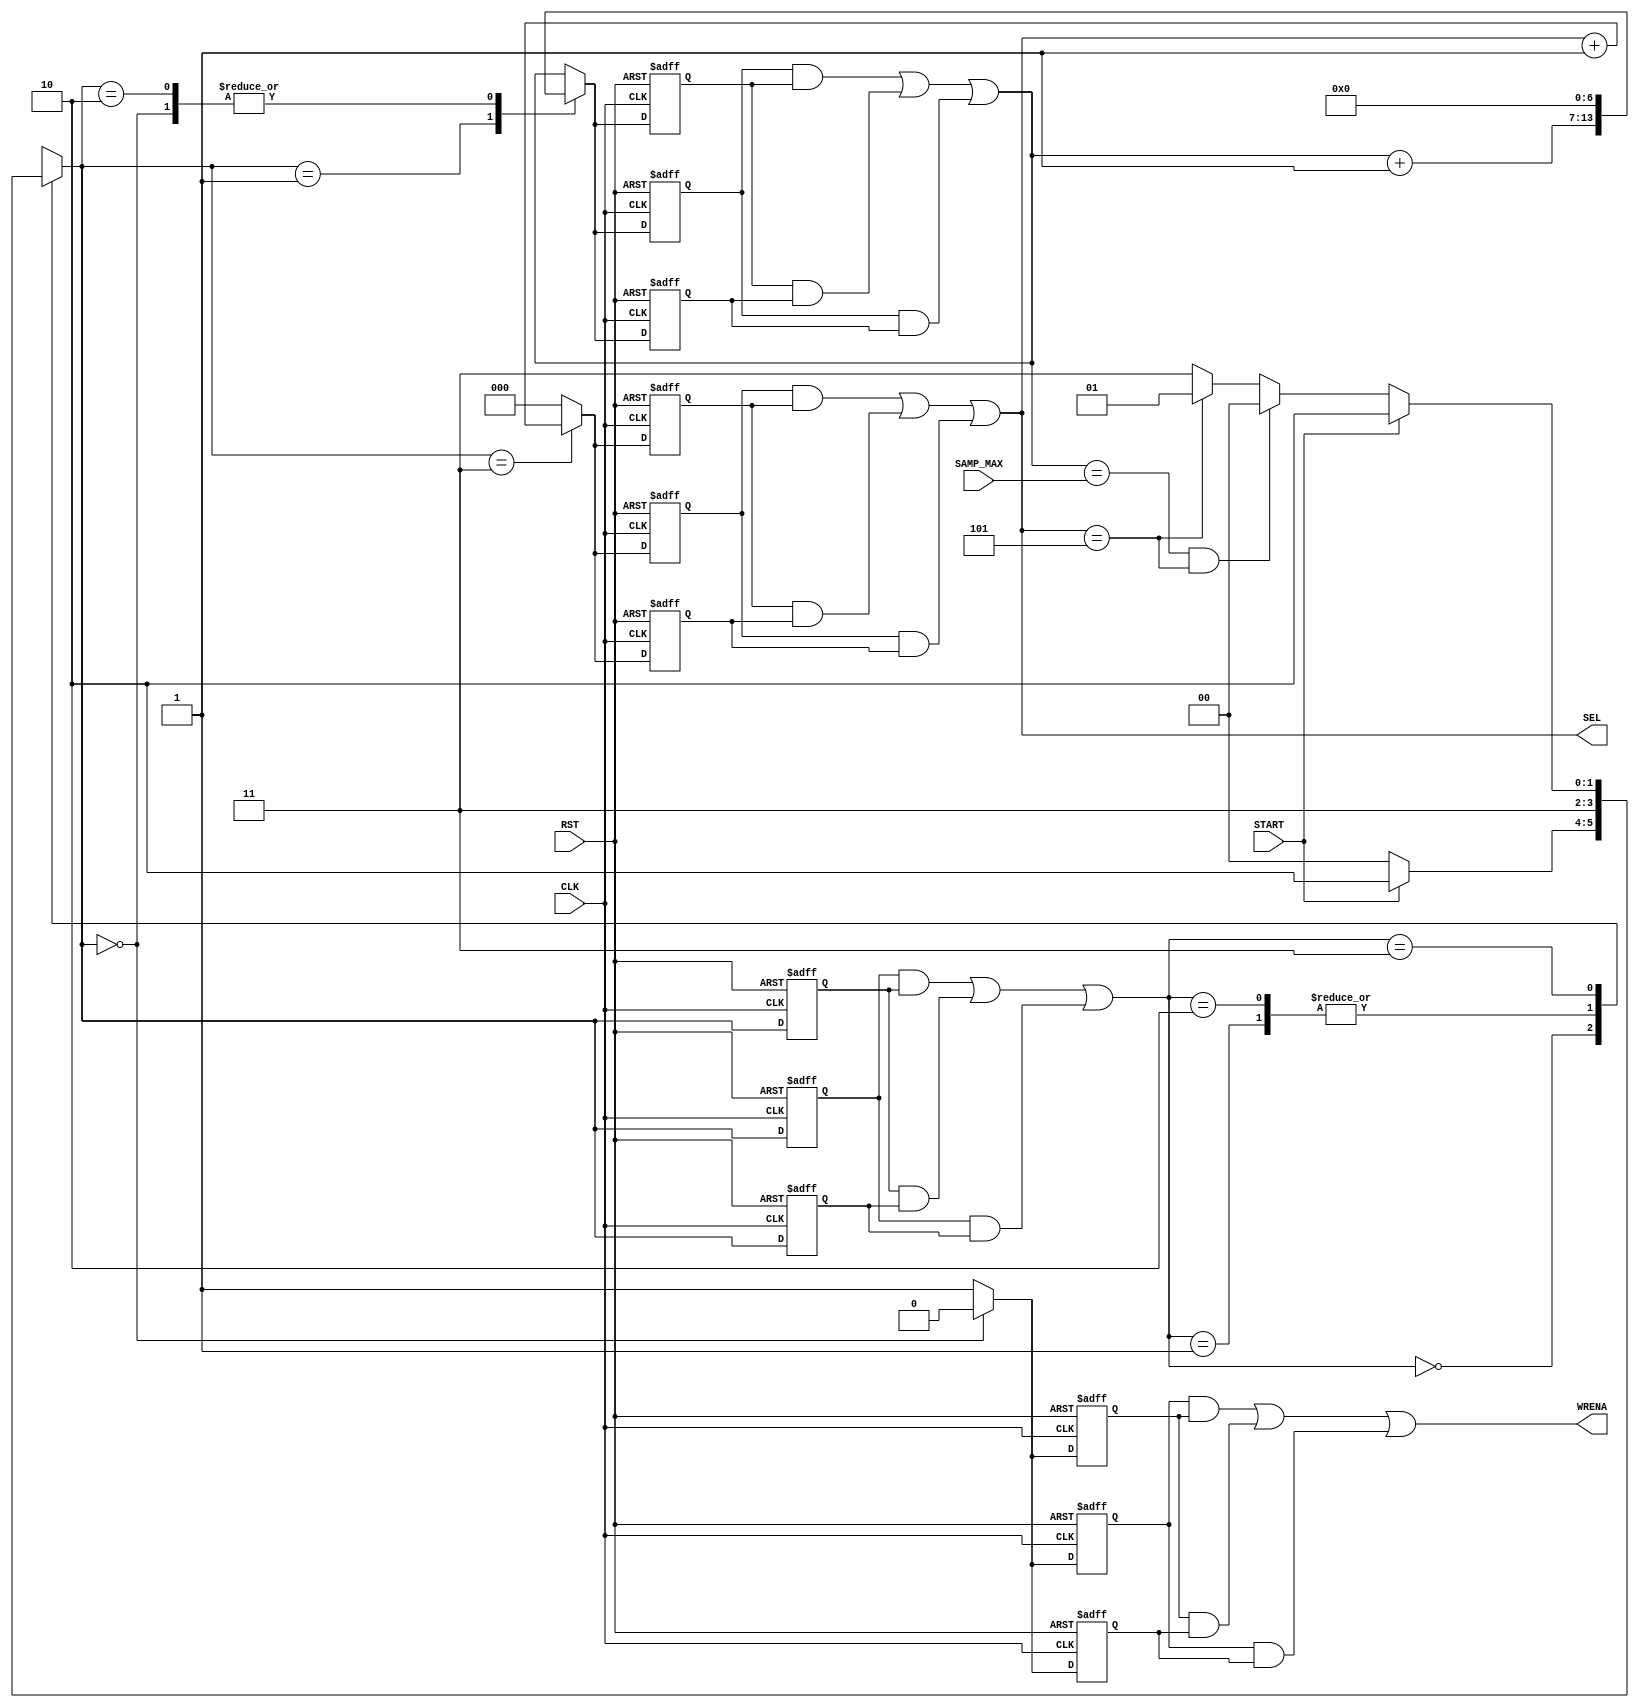

// Created by fizzim_tmr.pl version $Revision: 4.44 on 2014:08:26 at 12:51:46 (www.fizzim.com)

module FIFO_Load_FSM_TMR (
  output wire [2:0] SEL,
  output WRENA,
  input CLK,
  input RST,
  input wire [6:0] SAMP_MAX,
  input START 
);

  // state bits
  parameter 
  Idle     = 2'b00, 
  Nxt_Samp = 2'b01, 
  Rst_Samp = 2'b10, 
  Transfer = 2'b11; 

  (* syn_preserve = "true" *) reg [1:0] state_1;
  (* syn_preserve = "true" *) reg [1:0] state_2;
  (* syn_preserve = "true" *) reg [1:0] state_3;

  (* syn_keep = "true" *) wire [1:0] voted_state_1;
  (* syn_keep = "true" *) wire [1:0] voted_state_2;
  (* syn_keep = "true" *) wire [1:0] voted_state_3;

  assign voted_state_1  = (state_1  & state_2 ) | (state_2  & state_3 ) | (state_1  & state_3 ); // Majority logic
  assign voted_state_2  = (state_1  & state_2 ) | (state_2  & state_3 ) | (state_1  & state_3 ); // Majority logic
  assign voted_state_3  = (state_1  & state_2 ) | (state_2  & state_3 ) | (state_1  & state_3 ); // Majority logic

  (* syn_keep = "true" *) reg [1:0] nextstate_1;
  (* syn_keep = "true" *) reg [1:0] nextstate_2;
  (* syn_keep = "true" *) reg [1:0] nextstate_3;

  (* syn_preserve = "true" *)  reg [2:0] SEL_1;
  (* syn_preserve = "true" *)  reg [2:0] SEL_2;
  (* syn_preserve = "true" *)  reg [2:0] SEL_3;
  (* syn_preserve = "true" *)  reg WRENA_1;
  (* syn_preserve = "true" *)  reg WRENA_2;
  (* syn_preserve = "true" *)  reg WRENA_3;
  (* syn_preserve = "true" *)  reg [6:0] sample_1;
  (* syn_preserve = "true" *)  reg [6:0] sample_2;
  (* syn_preserve = "true" *)  reg [6:0] sample_3;
  (* syn_keep = "true" *)      wire [6:0] voted_sample_1;
  (* syn_keep = "true" *)      wire [6:0] voted_sample_2;
  (* syn_keep = "true" *)      wire [6:0] voted_sample_3;

  // Assignment of outputs and flags to voted majority logic of replicated registers
  assign SEL    = (SEL_1    & SEL_2   ) | (SEL_2    & SEL_3   ) | (SEL_1    & SEL_3   ); // Majority logic
  assign WRENA  = (WRENA_1  & WRENA_2 ) | (WRENA_2  & WRENA_3 ) | (WRENA_1  & WRENA_3 ); // Majority logic
  assign voted_sample_1 = (sample_1 & sample_2) | (sample_2 & sample_3) | (sample_1 & sample_3); // Majority logic
  assign voted_sample_2 = (sample_1 & sample_2) | (sample_2 & sample_3) | (sample_1 & sample_3); // Majority logic
  assign voted_sample_3 = (sample_1 & sample_2) | (sample_2 & sample_3) | (sample_1 & sample_3); // Majority logic

  // Assignment of error detection logic to replicated signals

  // comb always block
  always @* begin
    nextstate_1 = 2'bxx; // default to x because default_state_is_x is set
    nextstate_2 = 2'bxx; // default to x because default_state_is_x is set
    nextstate_3 = 2'bxx; // default to x because default_state_is_x is set
    case (voted_state_1)
      Idle    : if      (START)                                      nextstate_1 = Rst_Samp;
                else                                                 nextstate_1 = Idle;
      Nxt_Samp:                                                      nextstate_1 = Transfer;
      Rst_Samp:                                                      nextstate_1 = Transfer;
      Transfer: if      (START)                                      nextstate_1 = Rst_Samp;
                else if (voted_sample_1 == SAMP_MAX && SEL == 3'd5)  nextstate_1 = Idle;
                else if (SEL == 3'd5)                                nextstate_1 = Nxt_Samp;
                else                                                 nextstate_1 = Transfer;
    endcase
    case (voted_state_2)
      Idle    : if      (START)                                      nextstate_2 = Rst_Samp;
                else                                                 nextstate_2 = Idle;
      Nxt_Samp:                                                      nextstate_2 = Transfer;
      Rst_Samp:                                                      nextstate_2 = Transfer;
      Transfer: if      (START)                                      nextstate_2 = Rst_Samp;
                else if (voted_sample_2 == SAMP_MAX && SEL == 3'd5)  nextstate_2 = Idle;
                else if (SEL == 3'd5)                                nextstate_2 = Nxt_Samp;
                else                                                 nextstate_2 = Transfer;
    endcase
    case (voted_state_3)
      Idle    : if      (START)                                      nextstate_3 = Rst_Samp;
                else                                                 nextstate_3 = Idle;
      Nxt_Samp:                                                      nextstate_3 = Transfer;
      Rst_Samp:                                                      nextstate_3 = Transfer;
      Transfer: if      (START)                                      nextstate_3 = Rst_Samp;
                else if (voted_sample_3 == SAMP_MAX && SEL == 3'd5)  nextstate_3 = Idle;
                else if (SEL == 3'd5)                                nextstate_3 = Nxt_Samp;
                else                                                 nextstate_3 = Transfer;
    endcase
  end

  // Assign reg'd outputs to state bits

  // sequential always block
  always @(posedge CLK or posedge RST) begin
    if (RST) begin
      state_1 <= Idle;
      state_2 <= Idle;
      state_3 <= Idle;
    end
    else begin
      state_1 <= nextstate_1;
      state_2 <= nextstate_2;
      state_3 <= nextstate_3;
    end
  end

  // datapath sequential always block
  always @(posedge CLK or posedge RST) begin
    if (RST) begin
      SEL_1 <= 3'h0;
      SEL_2 <= 3'h0;
      SEL_3 <= 3'h0;
      WRENA_1 <= 0;
      WRENA_2 <= 0;
      WRENA_3 <= 0;
      sample_1 <= 7'h00;
      sample_2 <= 7'h00;
      sample_3 <= 7'h00;
    end
    else begin
      SEL_1 <= 3'h0; // default
      SEL_2 <= 3'h0; // default
      SEL_3 <= 3'h0; // default
      WRENA_1 <= 1; // default
      WRENA_2 <= 1; // default
      WRENA_3 <= 1; // default
      sample_1 <= voted_sample_1; // default
      sample_2 <= voted_sample_2; // default
      sample_3 <= voted_sample_3; // default
      case (nextstate_1)
        Idle    : begin
                         WRENA_1 <= 0;
                         sample_1 <= 7'h00;
        end
        Nxt_Samp:        sample_1 <= voted_sample_1 + 1;
        Rst_Samp:        sample_1 <= 7'h00;
        Transfer:        SEL_1 <= SEL + 1;
      endcase
      case (nextstate_2)
        Idle    : begin
                         WRENA_2 <= 0;
                         sample_2 <= 7'h00;
        end
        Nxt_Samp:        sample_2 <= voted_sample_2 + 1;
        Rst_Samp:        sample_2 <= 7'h00;
        Transfer:        SEL_2 <= SEL + 1;
      endcase
      case (nextstate_3)
        Idle    : begin
                         WRENA_3 <= 0;
                         sample_3 <= 7'h00;
        end
        Nxt_Samp:        sample_3 <= voted_sample_3 + 1;
        Rst_Samp:        sample_3 <= 7'h00;
        Transfer:        SEL_3 <= SEL + 1;
      endcase
    end
  end

  // This code allows you to see state names in simulation
  `ifndef SYNTHESIS
  reg [63:0] statename;
  always @* begin
    case (state_1)
      Idle    : statename = "Idle";
      Nxt_Samp: statename = "Nxt_Samp";
      Rst_Samp: statename = "Rst_Samp";
      Transfer: statename = "Transfer";
      default : statename = "XXXXXXXX";
    endcase
  end
  `endif

endmodule